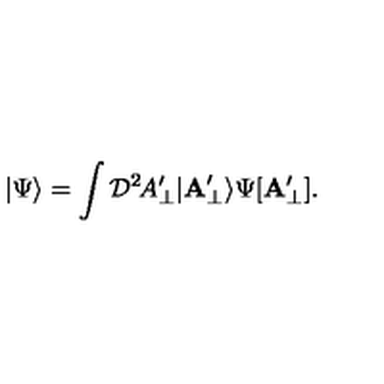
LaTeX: | \Psi \rangle = \int { \cal D } ^ { 2 } \! A _ { \perp } ^ { \prime } | { \bf A } _ { \perp } ^ { \prime } \rangle \Psi [ { \bf A } _ { \perp } ^ { \prime } ] .